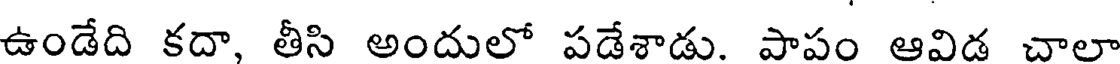
ఉండేది కదా, తీసి అందులో పడేశాడు. పాపం ఆవిడ చాలా